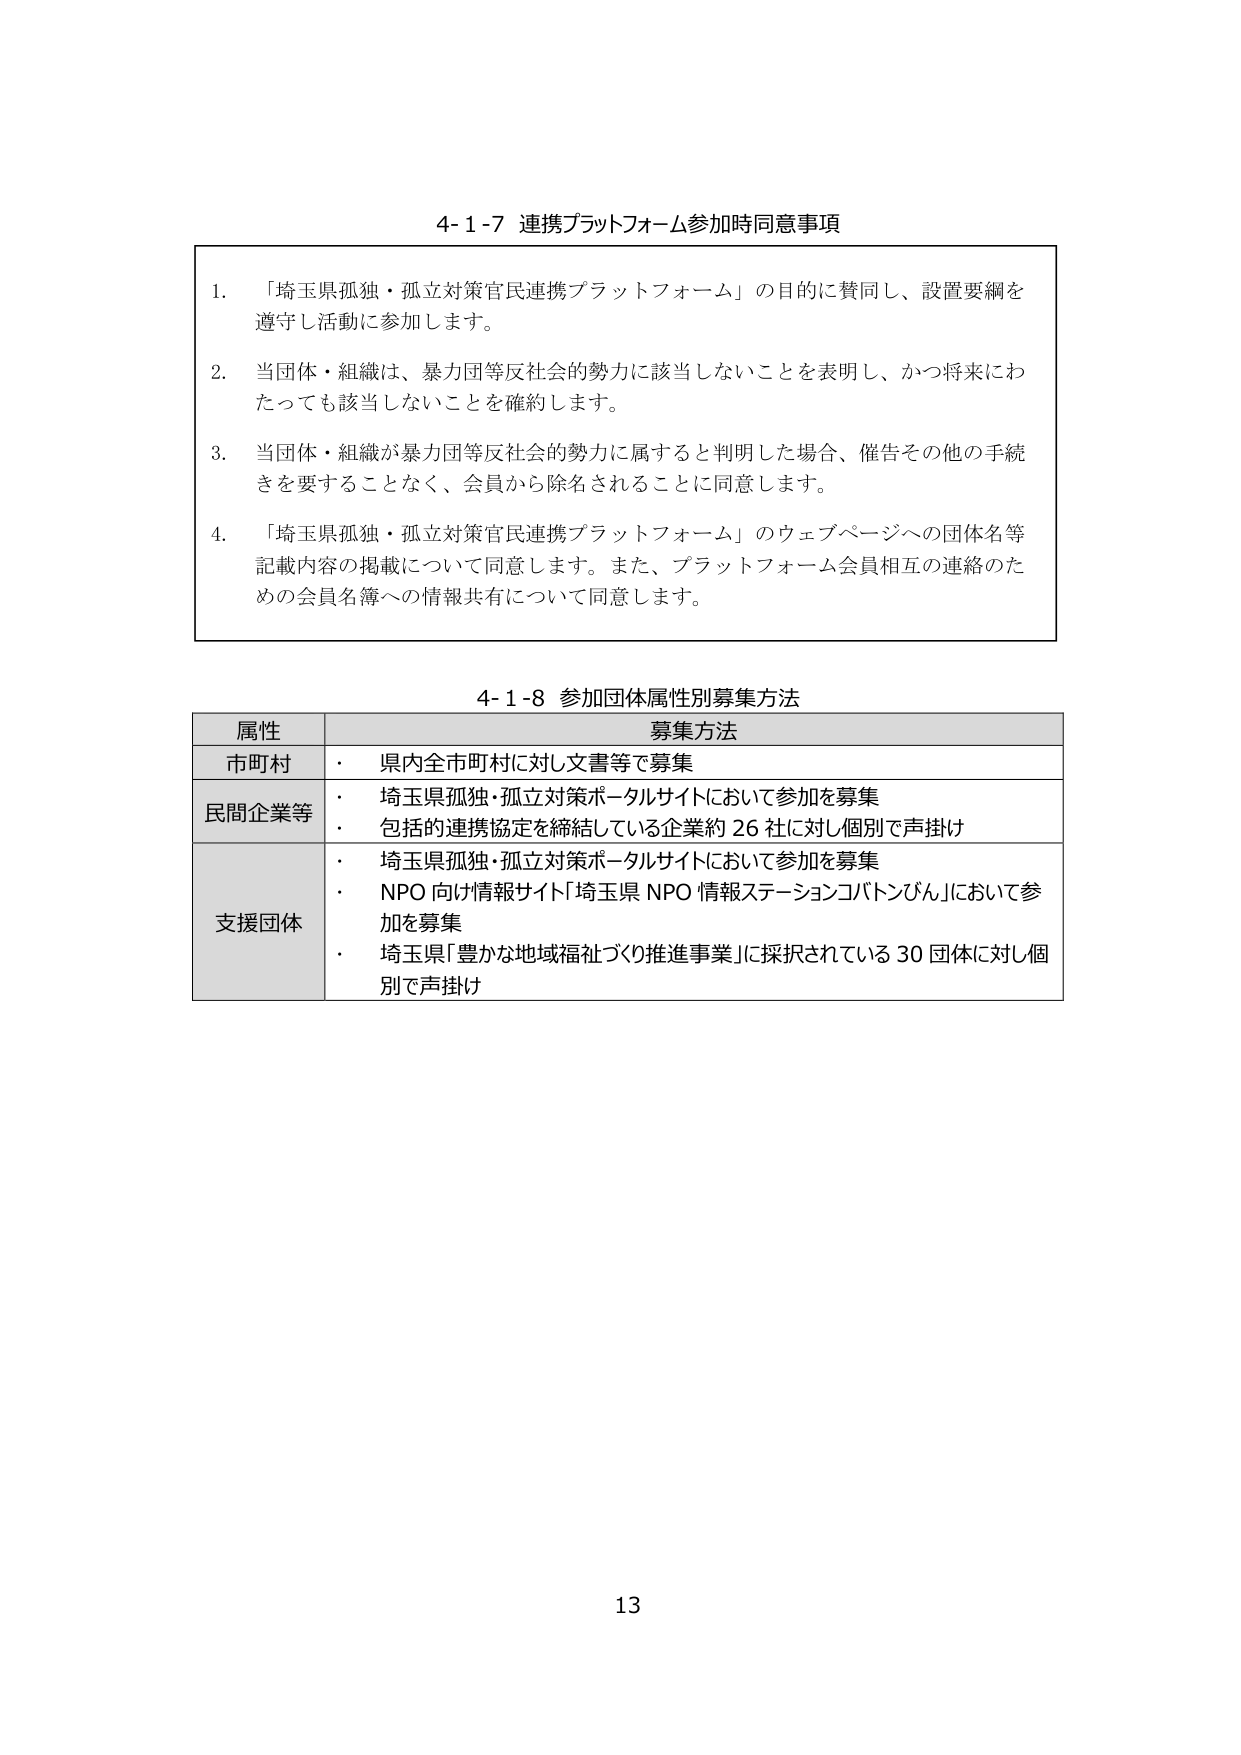
4-1-7 連携プラットフォーム参加時同意事項

1. 「埼玉県孤独・孤立対策官民連携プラットフォーム」の目的に賛同し、設置要綱を遵守し活動に参加します。

2. 当団体・組織は、暴力団等反社会的勢力に該当しないことを表明し、かつ将来にわたっても該当しないことを確約します。

3. 当団体・組織が暴力団等反社会的勢力に属すると判明した場合、催告その他の手続きを要することなく、会員から除名されることに同意します。

4. 「埼玉県孤独・孤立対策官民連携プラットフォーム」のウェブページへの団体名等記載内容の掲載について同意します。また、プラットフォーム会員相互の連絡のための会員名簿への情報共有について同意します。

4-1-8 参加団体属性別募集方法

属性 募集方法
市町村 ・ 県内全市町村に対し文書等で募集
民間企業等 ・ 埼玉県孤独・孤立対策ポータルサイトにおいて参加を募集
・ 包括的連携協定を締結している企業約26社に対し個別で声掛け
支援団体 ・ 埼玉県孤独・孤立対策ポータルサイトにおいて参加を募集
・ NPO向け情報サイト「埼玉県NPO情報ステーションコバトンびん」において参加を募集
・ 埼玉県「豊かな地域福祉づくり推進事業」に採択されている30団体に対し個別で声掛け

13